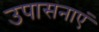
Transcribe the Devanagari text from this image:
उपासनाएं